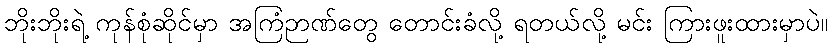
ဘိုးဘိုးရဲ့ ကုန်စုံဆိုင်မှာ အကြံဉာဏ်တွေ တောင်းခံလို့ ရတယ်လို့ မင်း ကြားဖူးထားမှာပဲ။